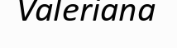
Valeriana